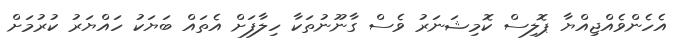
އެހެންވެއްޖިއްޔާ ޕޮލިސް ކޮމިޝަނަރު ވެސް ގާނޫނުތަކާ ހިލާފަށް އެތައް ބަޔަކު ހައްޔަރު ކުރުމަށް